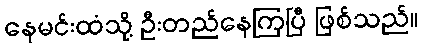
နေမင်းထံသို့ ဦးတည်နေကြပြီ ဖြစ်သည်။